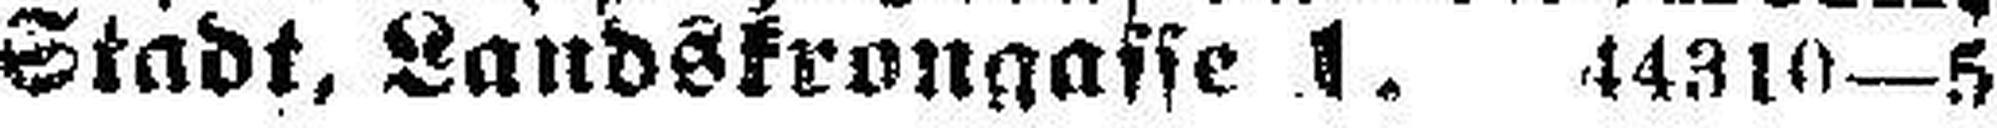
Stadt, Landskrongasse 1. 44310—5